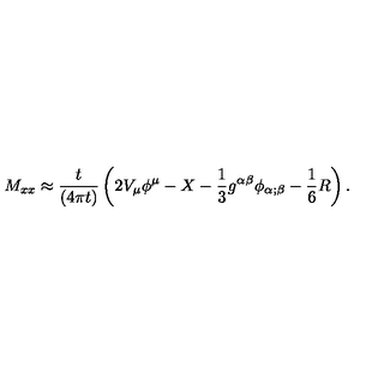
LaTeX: M _ { x x } \approx { \frac { t } { \left( 4 \pi t \right) } } \left( 2 V _ { \mu } \phi ^ { \mu } - X - { \frac { 1 } { 3 } } g ^ { \alpha \beta } \phi _ { \alpha ; \beta } - { \frac { 1 } { 6 } } R \right) .